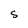
Character: S